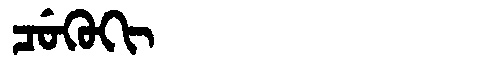
Manchu: ᠴᡠᡴᡠᡴᡳ
Romanization: CUKUKI